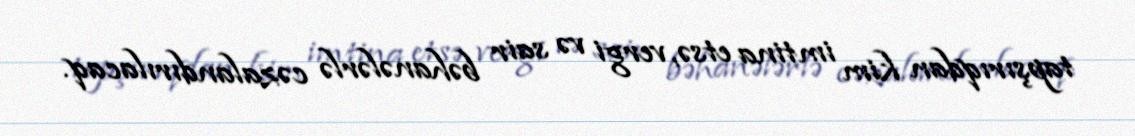
tapşırıqdan kim imtina etsə, vergi və sair bəhanələrlə cəzalandırılacaq.